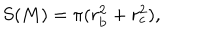
S ( M ) = \pi ( r _ { \mathrm { b } } ^ { 2 } + r _ { \mathrm { c } } ^ { 2 } ) ,